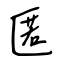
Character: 匿